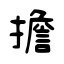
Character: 擔